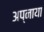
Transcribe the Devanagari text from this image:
अप्नाया